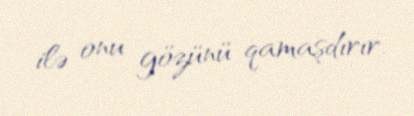
ilə onu gözünü qamaşdırır.